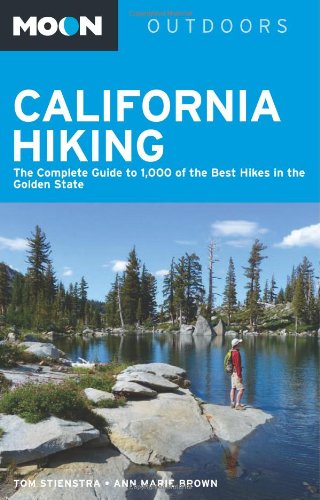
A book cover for Moon California Hiking: The Complete Guide to 1,000 of the Best Hikes in the Golden State (Moon Outdoors); Tom Stienstra; Sports & Outdoors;